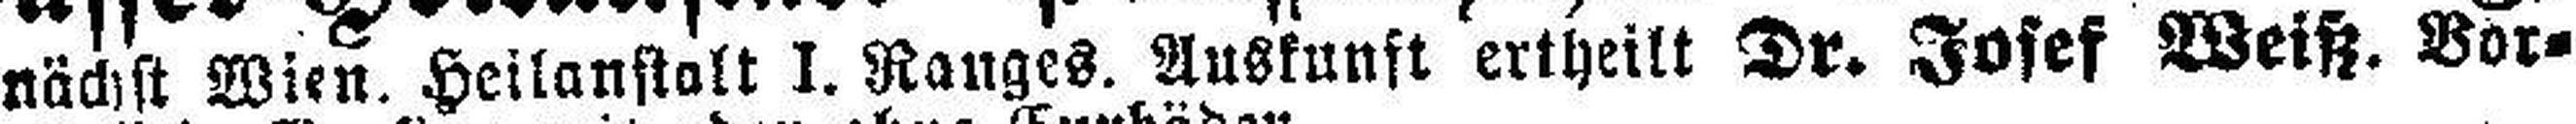
nächst Wien. Heilanstalt l. Ranges. Auskunst ertheilt Dr. Josef Weiß. Vor¬